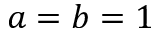
a = b = 1